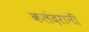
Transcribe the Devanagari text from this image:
कलंदरानी